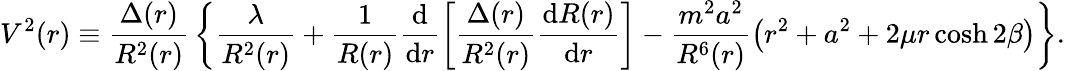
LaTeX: V^{2}(r)\equiv{\frac{\Delta(r)}{R^{2}(r)}}\left\{ \frac{\lambda}{R^{2}(r)}+\frac{1}{R(r)}\frac{\mathrm{d}}{\mathrm{d}r}\left[\frac{\Delta(r)}{R^{2}(r)}\frac{\mathrm{d}R(r)}{\mathrm{d}r}\right]-\frac{m^{2}a^{2}}{R^{6}(r)}\left(r^{2}+a^{2}+2\mu r\cosh 2\beta\right)\right\} .